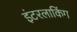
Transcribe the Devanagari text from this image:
इंटरलाकिंग